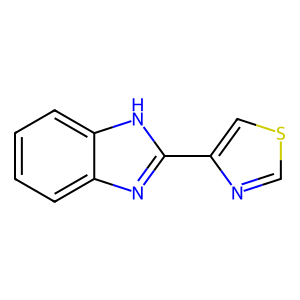
SMILES: c1ccc2[nH]c(-c3cscn3)nc2c1
Inhibits HIV replication: No